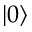
\lvert 0 \rangle